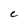
Character: c